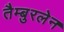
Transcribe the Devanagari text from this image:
तैम्बुरलेन